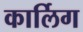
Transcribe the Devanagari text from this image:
कार्लिग